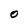
Character: O